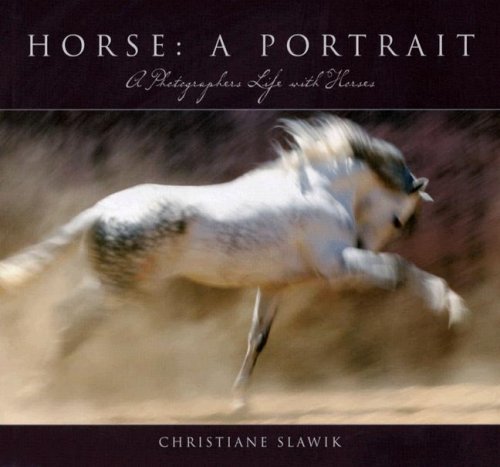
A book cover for Horse, a Portrait: A Photographer's Life With Horses; Crafts, Hobbies & Home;